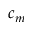
c _ { m }